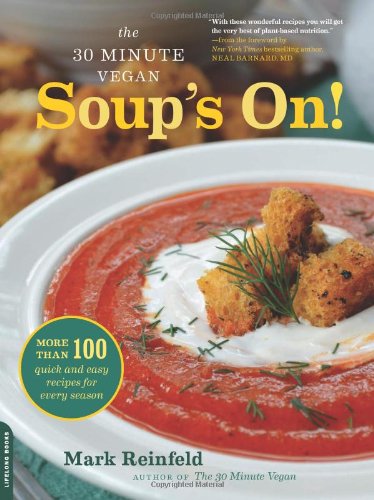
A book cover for The 30-Minute Vegan: Soup's On!: More than 100 Quick and Easy Recipes for Every Season; Mark Reinfeld; Cookbooks, Food & Wine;